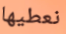
نعطيها